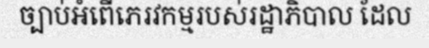
ច្បាប់អំពើភេរវកម្មរបស់រដ្ឋាភិបាល ដែល